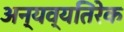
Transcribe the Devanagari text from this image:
अन्यव्यतिरेक